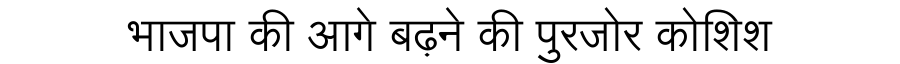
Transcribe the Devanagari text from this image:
भाजपा की आगे बढ़ने की पुरजोर कोशिश